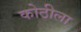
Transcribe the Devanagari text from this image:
कोठीला